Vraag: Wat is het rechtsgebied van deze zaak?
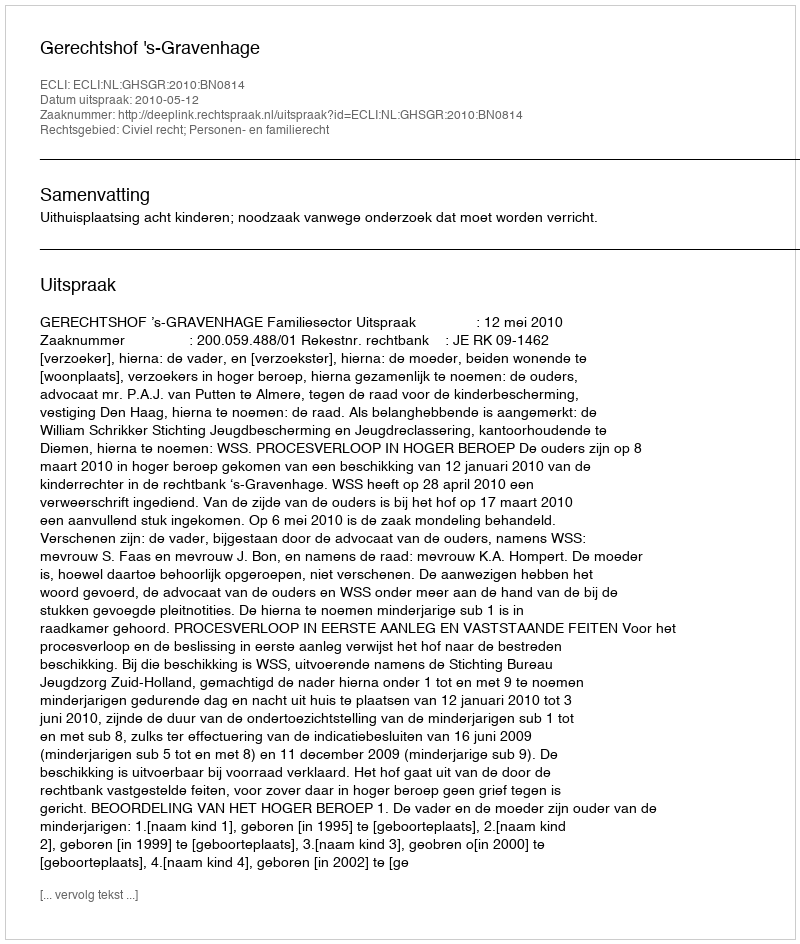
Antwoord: Civiel recht; Personen- en familierecht